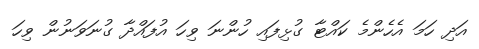
އަދި ހަމަ އެހެންމެ ކައްޓާ ގުޅިފައި ހުންނަ ވިހަ އުފައްދާ ގުނަވަނުން ވިހަ